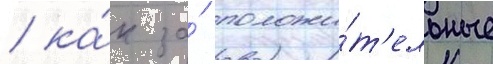
/ ка́к за́ положи́т'ельные